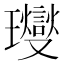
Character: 𤫉